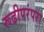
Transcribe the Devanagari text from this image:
रूढीपरंपरा